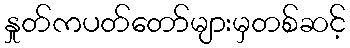
နှုတ်ကပတ်တော်များမှတစ်ဆင့်